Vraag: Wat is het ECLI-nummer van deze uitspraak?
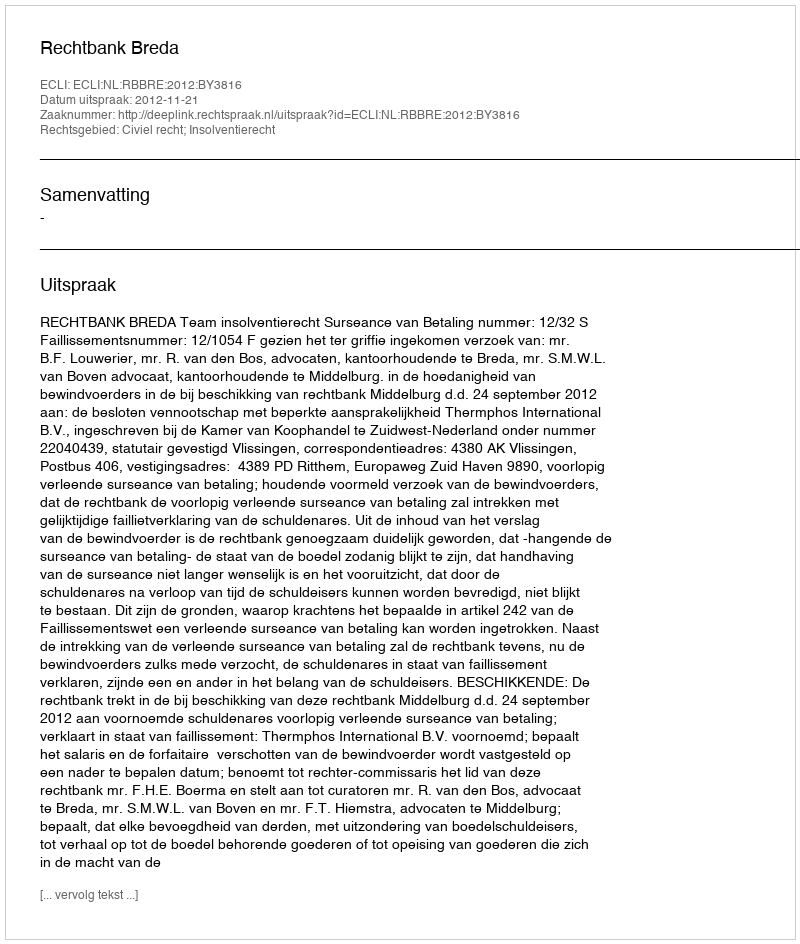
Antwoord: ECLI:NL:RBBRE:2012:BY3816